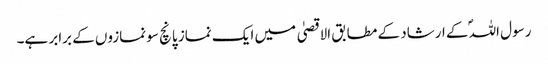
رسول اللہؐ کے ارشاد کے مطابق الاقصیٰ میں ایک نماز پانچ سو نمازوں کے برابر ہے۔